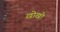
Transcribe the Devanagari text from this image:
खोखाे